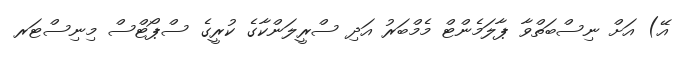
އޭ) އަށް ނިސްބަތްވާ ޕާލަމެންޓް މެމްބަރު އަދި ސްރީލަންކާގެ ކުރީގެ ސްޕޯޓްސް މިނިސްޓަރ